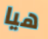
هيا